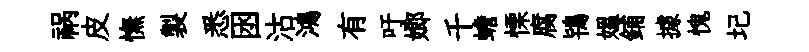
祸皮憮製悉囦沽鴻有吁嫏千蟾慄腐鴇媪鋪據愧圮